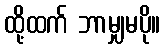
ထို့ထက် ဘာမျှမပို။